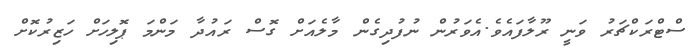
ސްޓްރަކްޗަރު ވަނީ ރޫލާފައެވެ.އެވަރުން ނުފުދިގެން މާލެއަށް ގޮސް ރައުދާ މަންމަ ޕޮލިހަށް ހަޒިރުކޮށް